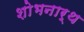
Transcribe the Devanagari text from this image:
शोभनार्थ